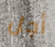
أجل